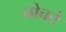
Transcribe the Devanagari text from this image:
नोचते